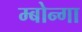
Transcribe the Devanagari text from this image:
म्बोन्गा